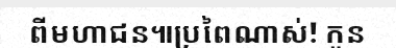
ពីមហាជន៕ប្រពៃណាស់! កូន